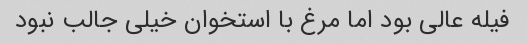
فیله عالی بود اما مرغ با استخوان خیلی جالب نبود